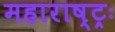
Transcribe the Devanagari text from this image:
महाराष्ट्रः